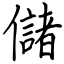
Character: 儲